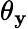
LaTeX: \theta_{\mathbf{y}}